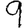
Digit: 9